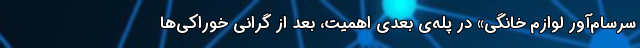
سرسام‌آور لوازم خانگی» در پله‌ی بعدی اهمیت، بعد از گرانی خوراکی‌ها